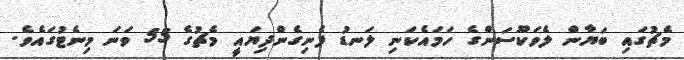
މެޗުގައި ބަޔާން ލެވަކޫސަންގެ ހަމައެކަނި ލަނޑު ފެނިގެންދިޔައީ މެޗުގެ 55 ވަނަ މިނެޓުގައެވެ.